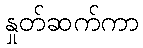
နှုတ်ဆက်ကာ